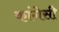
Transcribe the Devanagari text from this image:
कांगेसी